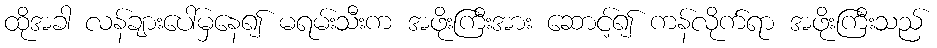
ထိုအခါ လန်ချားပေါ်မှနေ၍ မရမ်းသီးက အဖိုးကြီးအား ဆောင့်၍ ကန်လိုက်ရာ အဖိုးကြီးသည်